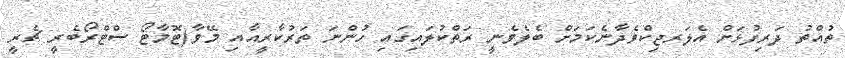
ތުއްތު ދަރިފުޅަށް އެލަރޖިކްވެދާނެކަމަށް ބެލެވެނީ ރަތްކުލައިގައި ހުންނަ ތަރުކާރީއާއި މޭވާ(ޓޮމާޓޯ ސްޓްރޯބެރީ ޗެރީ